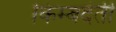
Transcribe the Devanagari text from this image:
किम्बदंती